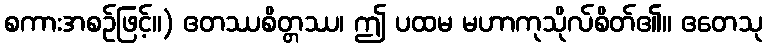
စကားအစဉ်ဖြင့်။) ဧတဿစိတ္တဿ၊ ဤ ပထမ မဟာကုသိုလ်စိတ်၏။ ဧတေသု